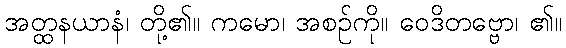
အတ္ထနယာနံ၊ တို့၏။ ကမော၊ အစဉ်ကို။ ဝေဒိတဗ္ဗော၊ ၏။